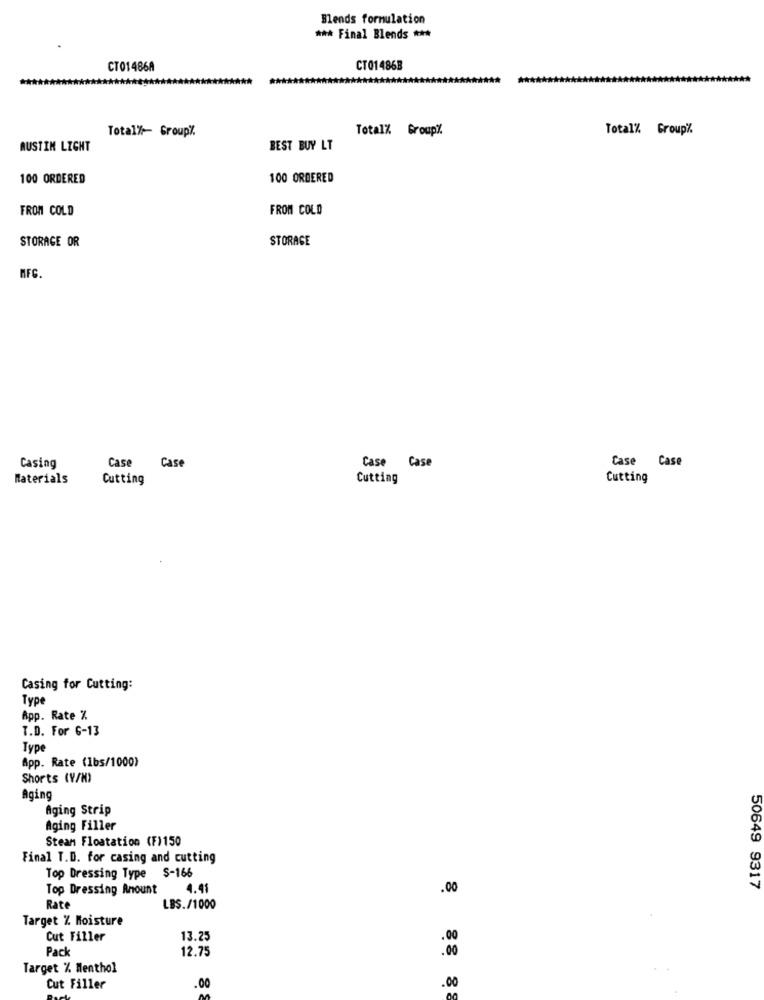
Blends formulation
*** Final Blends ***
CT01486A
CT01486B
Total%- Group7.
Total% Group%.
Total% Group%.
AUSTIN LIGHT
BEST BUY LT
100 ORDERED
100 ORDERED
FROM COLD
FROM COLD
STORAGE OR
STORAGE
MFG.
Case
Case
Case Case
Case Case
Casing
Materials
Cutting
Cutting
Cutting
Casing for Cutting:
Type
App. Rate %
T.D. For 6-13
Type
App. Rate (lbs/1000)
Shorts (V/N)
Aging
Aging Strip
Aging Filler
Steam Floatation (F) 150
Final T.D. for casing and cutting
Top Dressing Type $-166
Top Dressing Amount
4.41
.00
50649 9317
Rate
LBS./1000
Target % Moisture
Cut Filler
13.25
.00
Pack
12.75
.00
Target % Menthol
Cut Filler
.00
.00